Civil Veterinary Dept. Assam report 1911-1927 - 1911-1927
Year: 1911
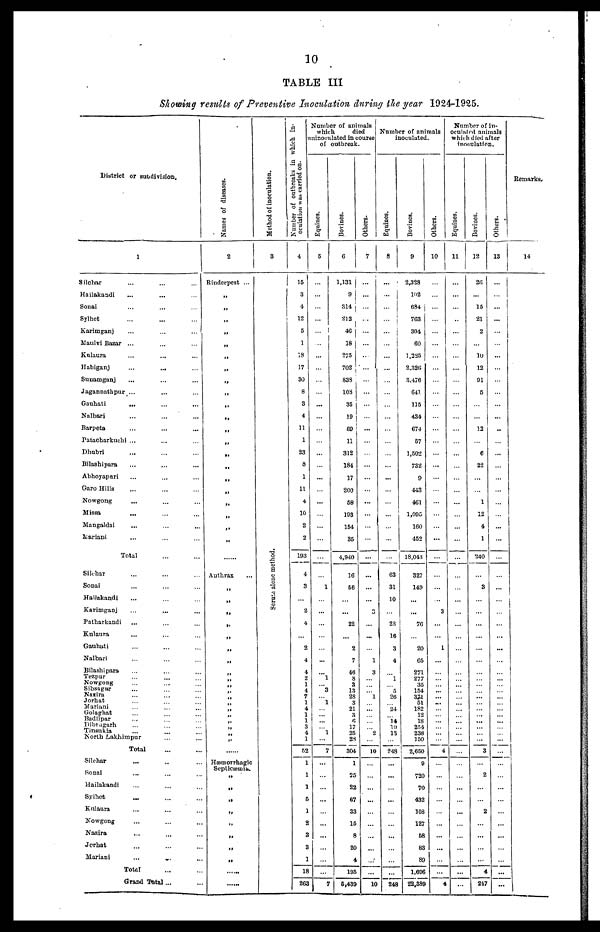
10
TABLE III
Showing results of Preventive Inoculation during the year 1924-1925.
District or subdivision.
1
Silchar ... ... ...
Hailakandi ... ... ...
Sonai ... ... ...
Sylhet ... ... ...
Karimganj ... ... ...
Maulvi Bazar ... ... ... ...
Kulaura ... ... ...
Habiganj
...
...
Sunamganj ... ... ...
Jagannathpur . . . . . . . . . ...
Gauhati ...... ... ...
Nalbari ... ... ...
Barpeta ... ... ...
Patacharkuchi ... ... ... ...
Dhubri ... ... ...
Bilashipara ... ... ...
Abhoyapuri ... ... ...
Garo Hills ... ... ...
Nowgong ... ... ...
Missa
...... ... ...
Mangaldai ... ... ...
Mariani ... ... ...
Total ... ... ...
Silchar ... ... ...
Sonai ... ... ...
Hallakandi... ... ...
Karimganj... ... ...
Patharkandi... ... ...
Kulaura ... ... ...
Gauhati ... ... ...
Nalbari ... ... ...
Bilashipara... ... ...
Tezpur ... ... ...
Nowgong
...
...
...
...
Sibsagar
...
...
...
Nazira ... ... ...
Jorhat ... ... ...
Mariani ... ... ...
Golaghat ... ... ...
Badlipar
...
. ..
...
Dibragarh ... ... ...
Tinsukia ... ... ...
North Lakhimpur ... ... ...
Total ... ... ...
Silchar ... ... ...
Sonai ... ... ...
Hailakandi ... ... ...
Sylhet ... ... ...
Kulaura ... ... ...
Nowgong ... ... ...
Nazira ... ... ...
Jorhat ... ... ...
Mariani ... ... ...
Total ... ... ...
Grand Total ...
Names of diseases.
2
Rinderpest ...
„
„
„
„
„
„
„
„
„
„
„
„
„
„
„
„
„
„
„
„
„
.....
Anthrax
„
„
„
„
„
„
„
„
„
„
„
„
„
„
„
„
„
„
„
......
Hæmorrhagic
Septicæmia.
„
„
„
„
„
„
„
„
......
......
Method of inoculation.
3
Serum alone method.
Number of outbreaks in which in-
oculation
was carried on.
4
15
3
4
12
5
1
18
17
30
8
3
4
11
1
23
8
1
11
4
10
2
2
193
4
3
...
2
4
...
2
4
4
2
1
4
7
1
4
1
1
3
4
1
52
1
1
1
5
1
2
3
3
1
18
263
Number of animals
which
died
inoculated in course
of outbreak.
Equines.
5
...
...
...
...
I
...
...
...
...
...
...
...
...
...
...
...
...
...
...
...
...
...
...
...
1
...
...
...
...
...
...
...
1
... 3
... 1
...
...
...
... 1
...
7
...
...
...
...
...
...
...
...
...
...
7
Bovines.
6
1,131
9
314
212
46
18
275
702
838
108
35
19
69
11
312
184
17
200
58
193
154
35
4,940
16
56
...
...
22
...
2
7
46
8
3
13
28
3
21
3
6
17
25
23
304
1
25
22
67
33
15
8
20
4
105
6,439
Others.
7
...
...
...
...
...
...
...
...
...
...
...
...
...
...
...
...
...
...
...
...
...
...
...
...
...
...
3
...
...
...
1
3
...
...
... 1
...
...
...
...
... 2
...
10
...
...
...
...
...
...
...
...
...
...
10
Number of animals
inoculated.
Equines.
8
...
...
...
...
...
...
...
...
...
...
...
...
...
...
...
...
...
...
...
...
...
...
...
63
31
10
28
16
3
4
...
1
... 5
26
... 24
14
10
13
...
248
...
...
...
...
...
...
...
...
...
...
248
Bovines.
9
2,328
102
684
763
304
60
1,225
2.326
3.476
641
115
434
674
57
1,502
732
9
443
461
1,095
160
452
18,043
327
149
...
...
76
...
20
65
271
277
35
154
371
51
182
12
18
254
238
150
2,650
9
720
70
432
108
127
58
83
89
1,606
22,389
Others.
10
...
...
...
...
...
...
...
...
...
...
...
...
...
...
...
...
...
...
...
...
...
...
...
...
...
...
3
...
...
1
...
...
...
...
...
......
...
...
...
...
...
...
...
4
...
...
...
...
...
...
...
...
...
...
4
Number of in-
oculated animals
which died after
inoculation.
Equines.
11
...
...
...
...
...
...
...
...
...
...
...
...
...
...
...
...
...
...
...
...
...
...
...
...
...
...
...
...
...
...
...
...
...
...
...
...
...
...
...
...
...
...
...
...
...
...
...
...
...
..
...
...
...
...
Bovines.
12
26
...
15
21
2
...
10
12
91
5
...
...
12
...
6
22
...
...
1
12
4
1
240
...
3
...
...
...
...
...
...
...
...
...
...
...
...
...
...
...
...
...
3
...
2
...
...
2
...
...
...
...
4
247
Others.
13
...
...
...
...
...
...
...
...
...
...
...
...
...
...
...
...
...
...
...
...
...
...
...
...
...
...
...
...
...
...
...
...
...
...
...
...
...
...
...
...
...
...
...
...
...
...
...
...
...
...
...
...
...
...
Remarks.
14
...
...